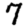
Digit: 7